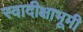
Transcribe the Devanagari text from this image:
स्वादीक्षाभूमी